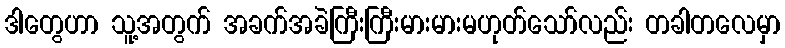
ဒါတွေဟာ သူ့အတွက် အခက်အခဲကြီးကြီးမားမားမဟုတ်သော်လည်း တခါတလေမှာ